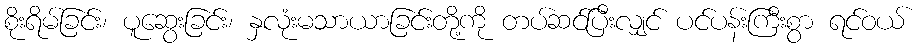
စိုးရိမ်ခြင်း၊ ပူဆွေးခြင်း၊ နှလုံးမသာယာခြင်းတို့ကို တပ်ဆင်ပြီးလျှင် ပင်ပန်းကြီးစွာ ရင်ဝယ်